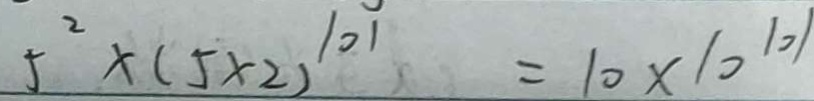
5 ^ { 2 } \times ( 5 \times 2 ) ^ { 1 0 1 } = 1 0 \times 1 0 ^ { 1 0 1 }